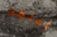
أعتقد